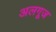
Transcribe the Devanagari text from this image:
अलगूज